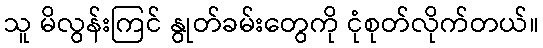
သူ မိလွန်းကြင် နွုတ်ခမ်းတွေကို ငုံစုတ်လိုက်တယ်။